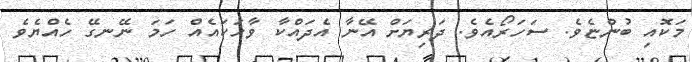
މަކޮއި ބުންޏެވެ. ސަހަރޯއެވެ. ދަރިޔަށް އޭނާ އެދައްކާ ވާހަކައެއް ހަމަ ނޭނގޭ ހެއްޔެވެ